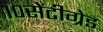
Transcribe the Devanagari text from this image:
१०सेंटीग्रेड